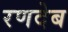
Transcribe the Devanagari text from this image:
रणदेब